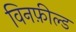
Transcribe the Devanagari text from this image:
विनफ़ील्ड